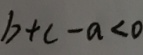
b + c - a < 0